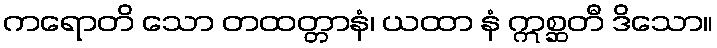
ကရောတိ သော တထတ္တာနံ၊ ယထာ နံ ဣစ္ဆတီ ဒိသော။